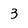
Character: 3